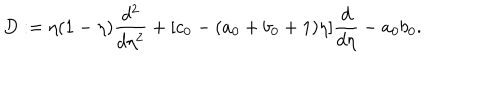
D : = \eta ( 1 - \eta ) \frac { d ^ { 2 } } { d \eta ^ { 2 } } + [ c _ { 0 } - ( a _ { 0 } + b _ { 0 } + 1 ) \eta ] \frac { d } { d \eta } - a _ { 0 } b _ { 0 } .